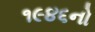
૧૯૪૬નો